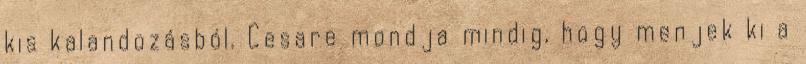
kis kalandozásból. Cesare mondja mindig, hogy menjek ki a